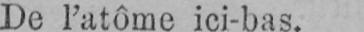
De l’atôme ici-bas.